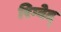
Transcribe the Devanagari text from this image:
रिग्वेद्